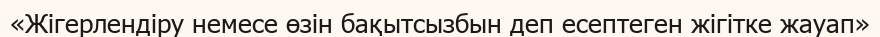
«Жігерлендіру немесе өзін бақытсызбын деп есептеген жігітке жауап»